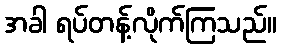
အခါ ရပ်တန့်လိုက်ကြသည်။